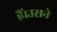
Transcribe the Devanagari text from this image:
हैं।उसने